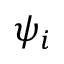
\psi _ { i }